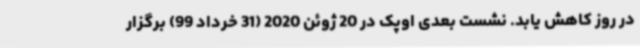
در روز کاهش یابد. نشست بعدی اوپک در 20 ژوئن 2020 (31 خرداد 99) برگزار